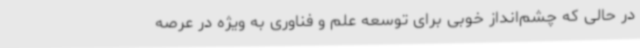
در حالی که چشم‌انداز خوبی برای توسعه علم و فناوری به ویژه در عرصه